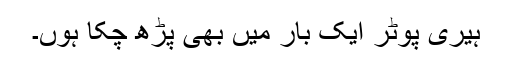
ہیری پوٹر ایک بار میں بھی پڑھ چکا ہوں۔